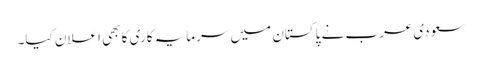
سعودی عرب نے پاکستان میں سرمایہ کاری کا بھی اعلان کیا۔